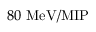
8 0 \ \mathrm { M e V / M I P }